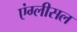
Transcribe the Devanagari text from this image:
एंग्लीसल